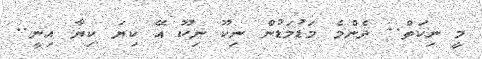
މީ ނިކަތް.. ދެންމެ މަޑުމަޑުން ނިކޫ ނިކޫ އޭ ކިޔަ ކިޔާ އިނީ..